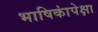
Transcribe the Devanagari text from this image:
भाषिकांपेक्षा